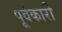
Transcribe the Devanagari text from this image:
पूर्वकारी